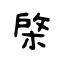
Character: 棨